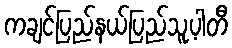
ကချင်ပြည်နယ်ပြည်သူ့ပါတီ